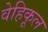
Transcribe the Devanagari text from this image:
वेहिकूल